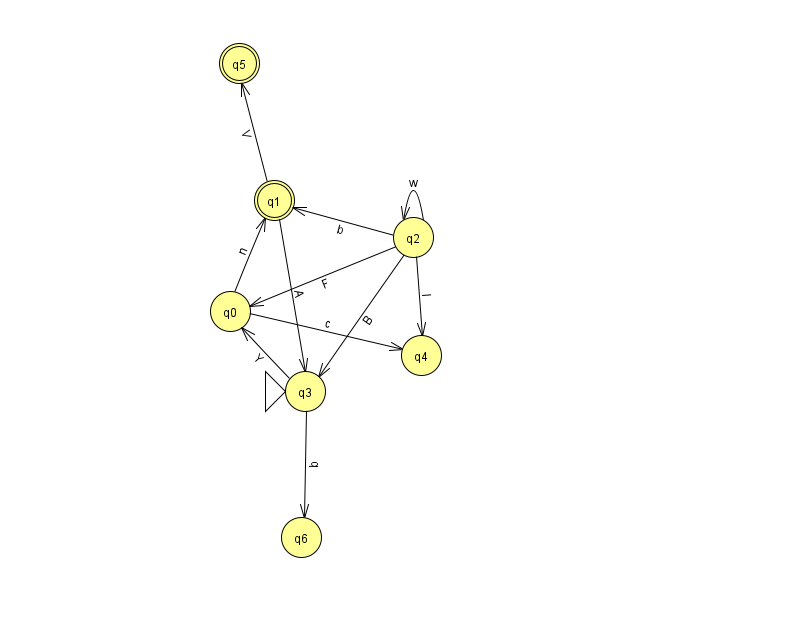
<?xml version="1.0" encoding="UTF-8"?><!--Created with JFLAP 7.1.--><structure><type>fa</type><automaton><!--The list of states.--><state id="0" name="q0"><x>230.0</x><y>298.0</y></state><state id="1" name="q1"><x>274.0</x><y>187.0</y><final/></state><state id="2" name="q2"><x>413.0</x><y>224.0</y></state><state id="3" name="q3"><x>305.0</x><y>378.0</y><initial/></state><state id="4" name="q4"><x>421.0</x><y>342.0</y></state><state id="5" name="q5"><x>239.0</x><y>50.0</y><final/></state><state id="6" name="q6"><x>301.0</x><y>524.0</y></state><!--The list of transitions.--><transition><from>0</from><to>4</to><read>c</read></transition><transition><from>2</from><to>1</to><read>b</read></transition><transition><from>3</from><to>6</to><read>b</read></transition><transition><from>2</from><to>0</to><read>F</read></transition><transition><from>2</from><to>2</to><read>w</read></transition><transition><from>3</from><to>0</to><read>Y</read></transition><transition><from>1</from><to>3</to><read>A</read></transition><transition><from>1</from><to>5</to><read>V</read></transition><transition><from>2</from><to>4</to><read>l</read></transition><transition><from>0</from><to>1</to><read>n</read></transition><transition><from>2</from><to>3</to><read>B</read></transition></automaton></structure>